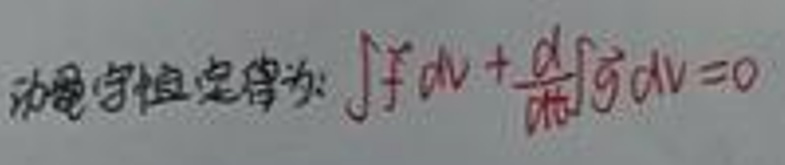
动量守恒定律为: $\int \vec{f}dv+\frac{d}{dt}\int \vec{g}dv = 0$